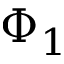
\Phi _ { 1 }